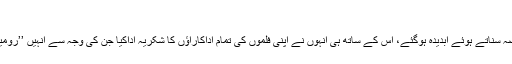
‘‘
شاہ رخ خان آج بھی یہ قصہ سناتے ہوئے آبدیدہ ہوگئے، اس کے ساتھ ہی انہوں نے اپنی فلموں کی تمام اداکاراؤں کا شکریہ اداکیا جن کی وجہ سے انہیں ’’رومینٹک ہیرو‘‘ کا خطاب ملا۔